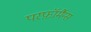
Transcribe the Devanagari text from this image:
परफ़ॉर्मैन्स